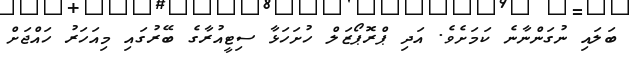
ބަލައި ނުގަންނާނެ ކަމަށެވެ. އަދި ޕްރޮޕޯޒަލް ހުށަހަޅާ ސިޓީއުރާގެ ބޭރުގައި މިއަހަރު ހައްޖަށް